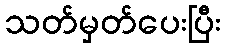
သတ်မှတ်ပေးပြီး